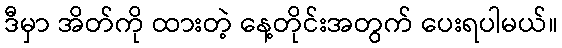
ဒီမှာ အိတ်ကို ထားတဲ့ နေ့တိုင်းအတွက် ပေးရပါမယ်။